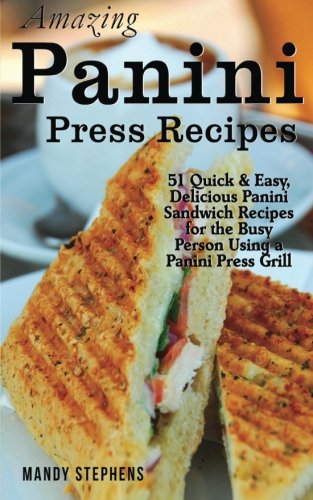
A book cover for Amazing Panini Press Recipes: 51 Quick & Easy, Delicious Panini Sandwich Recipes for the Busy Person Using a Panini Press Grill; Mandy Stephens; Cookbooks, Food & Wine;